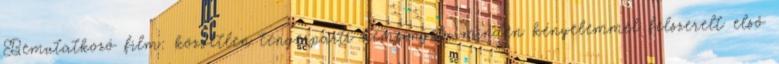
Bemutatkozó film: közvetlen tengerparti kempingek. minden kényelemmel felszerelt első